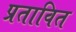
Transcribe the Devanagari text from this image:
प्रतावित